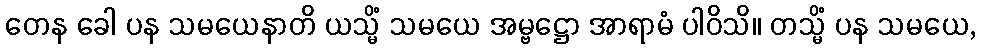
တေန ခေါ ပန သမယေနာတိ ယသ္မိံ သမယေ အမ္ဗဋ္ဌော အာရာမံ ပါဝိသိ။ တသ္မိံ ပန သမယေ,